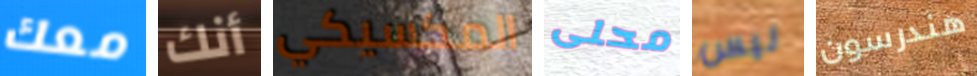
معك أنك المكسيكي محلى ليس هندرسون